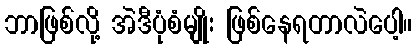
ဘာဖြစ်လို့ အဲဒီပုံစံမျိုး ဖြစ်နေရတာလဲပေါ့။